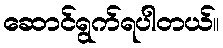
ဆောင်ရွက်ရပါတယ်။